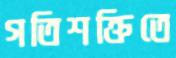
গতিশক্তিতে